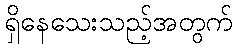
ရှိနေသေးသည့်အတွက်